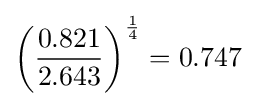
\left({\frac {0.821}{2.643}}\right)^{\frac {1}{4}}=0.747